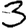
Digit: 3